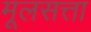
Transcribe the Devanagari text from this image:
मूलसत्ता